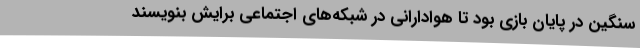
سنگین در پایان بازی بود تا هوادارانی در شبکه‌های اجتماعی برایش بنویسند